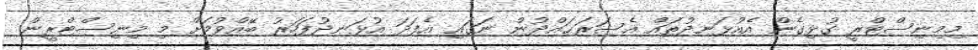
މިމިނިސްޓްރީ ގުޅިގެން އެއުޅަނދުތައް އެސަރަޙައްދުން ނަގައި އެފަދަ އުޅަނދުފަހަރު ބޭއްވުމަށް މި މިނިސްޓްރީން